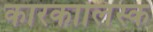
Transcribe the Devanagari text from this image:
कारकालिंस्क